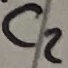
Text: C2